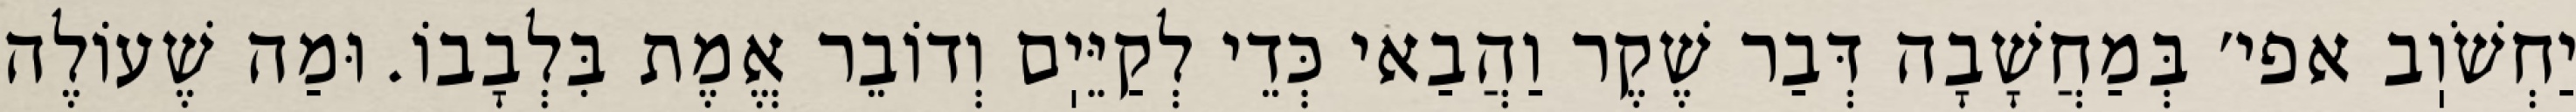
יַחְשֹׁוֽב אפי׳ בְּמַחֲשָׁבָה דְּבַר שֶׁקֶר וַהֲבַאי כְּדֵי לְקַיֵּיֽם וְדוֹבֵר אֱמֶת בִּלְבָבוֹ. וּמַה שֶׁעוֹלֶה